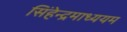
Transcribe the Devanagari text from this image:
सिंहेन्द्रमाध्ययम